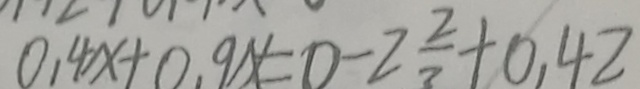
0 . 4 x + 0 . 9 x = 0 - 2 \frac { 2 } { 3 } + 0 . 4 2